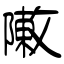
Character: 敶